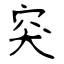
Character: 突